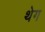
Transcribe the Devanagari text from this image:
थेग